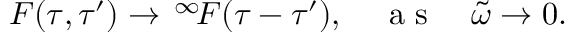
F ( \tau , \tau ^ { \prime } ) \to \, ^ { \infty } \! F ( \tau - \tau ^ { \prime } ) , \quad \mathrm { ~ a ~ s ~ } \quad \tilde { \omega } \to 0 .